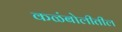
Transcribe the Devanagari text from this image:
कळंबोलीतील